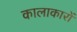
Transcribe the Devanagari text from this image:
कालाकारों